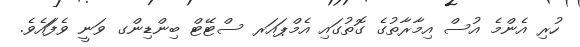
ހުރި އެންމެ އުސް އިމާރާތުގެ ގޮތުގައި އެމްޕައަރ ސްޓޭޓް ބިންޑިންގ ވަނީ ވެފަައެވެ.